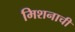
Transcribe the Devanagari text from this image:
मिशनाची